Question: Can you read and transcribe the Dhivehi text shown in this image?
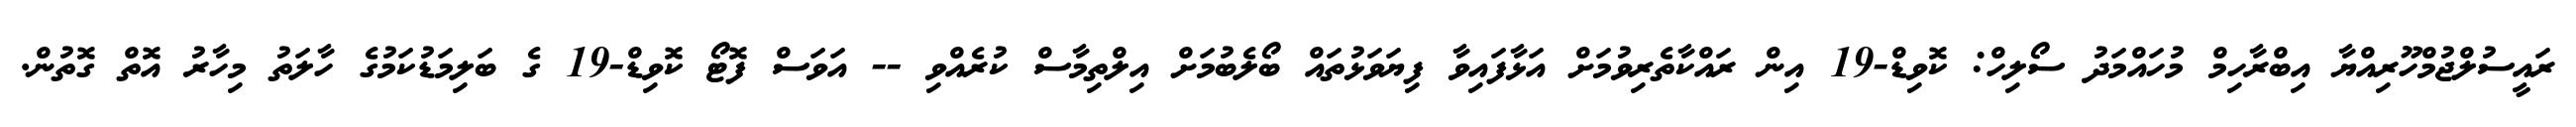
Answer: ރައީސުލްޖުމްހޫރިއްޔާ އިބްރާހިމް މުހައްމަދު ސޯލިހް: ކޮވިޑް-19 އިން ރައްކާތެރިވުމަށް އަޅާފައިވާ ފިޔަވަޅުތައް ބޯލެބުމަށް އިލްތިމާސް ކުރެއްވި -- އަވަސް ފޮޓޯ ކޮވިޑް-19 ގެ ބަލިމަޑުކަމުގެ ހާލަތު މިހާރު އޮތް ގޮތުން.